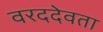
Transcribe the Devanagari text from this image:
वरददेवता